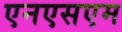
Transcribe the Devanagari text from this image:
एनएसएम